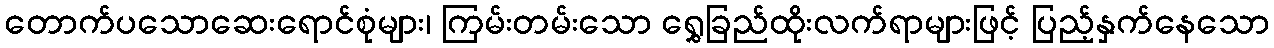
တောက်ပသောဆေးရောင်စုံများ၊ ကြမ်းတမ်းသော ရွှေခြည်ထိုးလက်ရာများဖြင့် ပြည့်နှက်နေသော